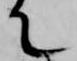
て